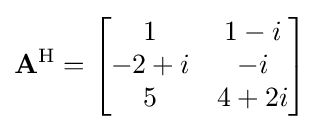
\mathbf {A} ^{\mathrm {H} }={\begin{bmatrix}1&1-i\\-2+i&-i\\5&4+2i\end{bmatrix}}